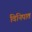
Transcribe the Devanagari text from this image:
विनिपात